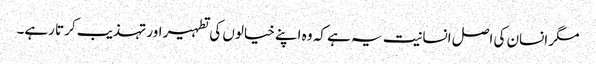
مگر انسان کی اصل انسانیت یہ ہے کہ وہ اپنے خیالوں کی تطہیر اور تہذیب کرتا رہے۔